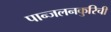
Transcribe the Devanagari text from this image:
पान्जलनकुरिची